Note on the mental hospitals in Burma - 1925-1940
Year: 1925
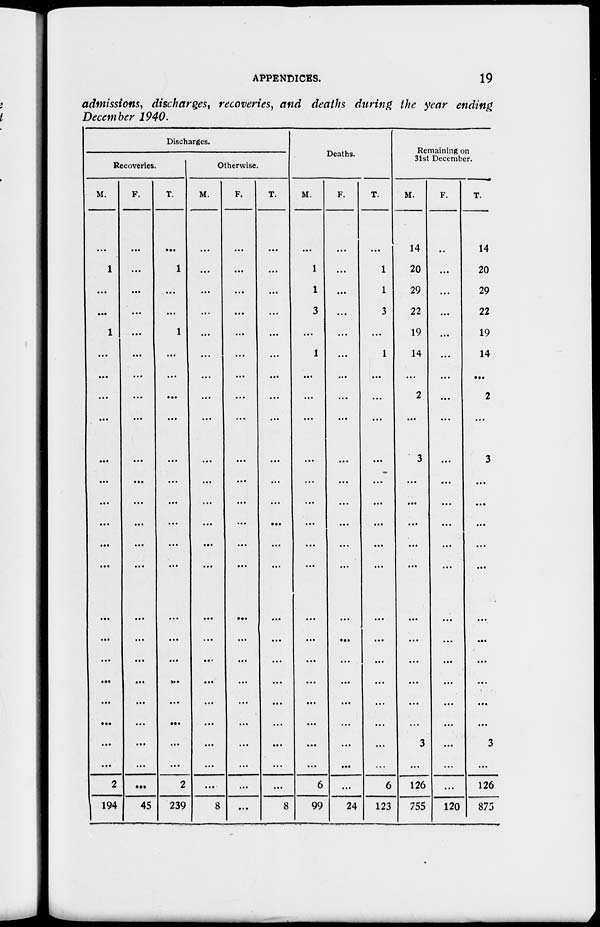
APPENDICES.
19
admissions, discharges, recoveries, and deaths during the year ending
December 1940.
Discharges.
Recoveries.
M.
...
1
...
...
1
...
...
...
...
...
...
...
...
...
...
...
...
...
...
...
...
...
...
2
194
F.
...
...
...
...
...
...
...
...
...
...
...
...
...
...
...
...
...
...
...
...
...
...
...
...
45
T.
...
1
...
...
1
...
...
...
...
...
...
...
...
...
...
...
...
...
...
...
...
...
...
2
239
Otherwise.
M.
...
...
...
...
...
...
...
...
...
...
...
...
...
...
...
...
...
...
...
...
...
...
...
...
8
F.
...
...
...
...
...
...
...
...
...
...
...
...
...
...
...
...
...
...
...
...
...
...
...
...
...
T.
...
...
...
...
...
...
...
...
...
...
...
...
...
...
...
...
...
...
...
...
...
...
...
...
8
Deaths.
M.
...
1
1
3
...
1
...
...
...
...
...
...
...
...
...
...
...
...
...
...
...
...
...
6
99
F.
...
...
...
...
...
...
...
...
...
...
...
...
...
...
...
...
...
...
...
...
...
...
...
...
24
T.
...
1
1
3
...
1
...
...
...
...
...
...
...
...
...
...
...
...
...
...
...
...
...
6
123
Remaining on
31st December.
M.
14
20
29
22
19
14
...
2
...
3
...
...
...
...
...
...
...
...
...
...
...
3
...
126
755
F.
...
...
...
...
...
...
...
...
...
...
...
...
...
...
...
...
...
...
...
...
...
...
...
...
120
T.
14
20
29
22
19
14
...
2
...
3
...
...
...
...
...
...
...
...
...
...
...
3
...
126
875